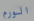
الورم